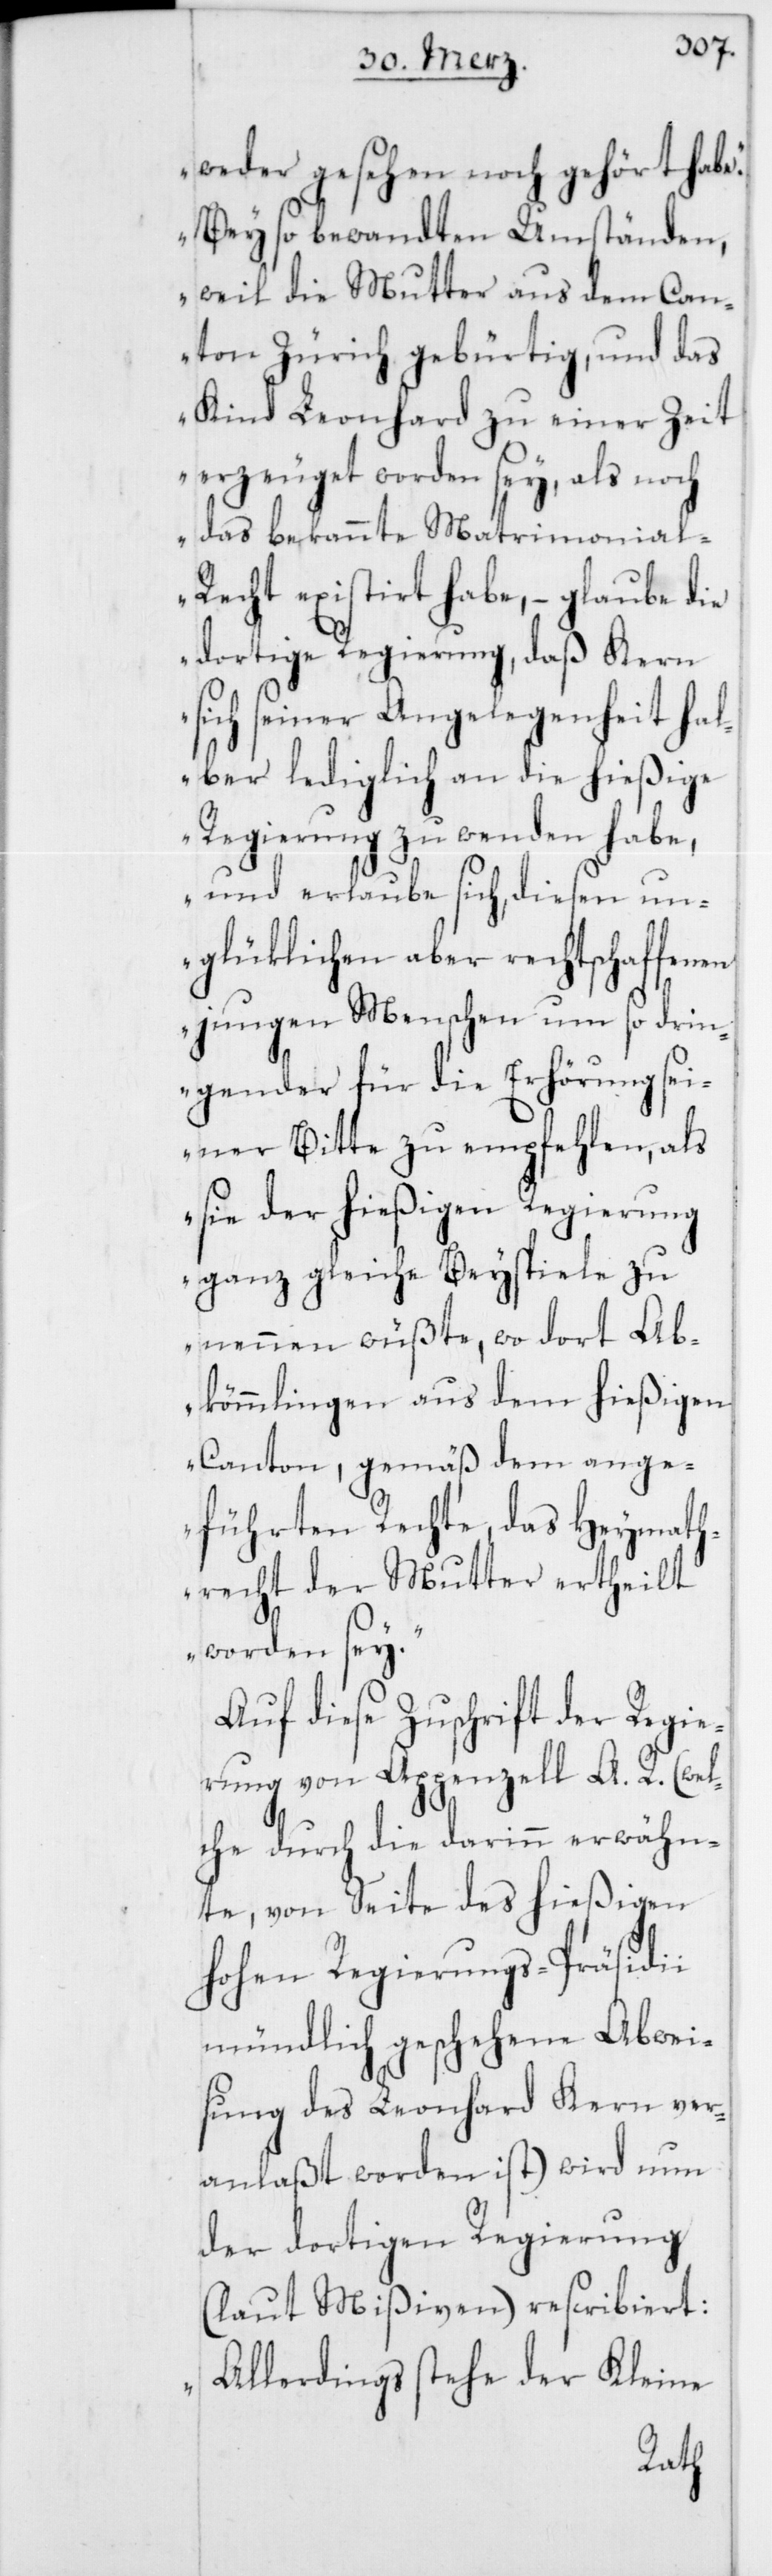
weder gesehen noch gehört
Bey so bewandten Umständen,
weil die Mutter aus dem Can¬
ton Zürich gebürtig, und das
Kind Leonhard zu einer Zeit
erzeuget worden sey, als noch
das bekannte Matrimonial-R¬
echt existirt habe, – glaube die
dortige Regierung, daß Kern
sich seiner Angelegenheit ha¬
lber lediglich an die hießige
Regierung zu wenden habe,
und erlaube sich, diesen un¬
glüklichen aber rechtschaffenen
jungen Menschen um so drin¬
gender für die Erhörung sei¬
ner Bitte zu empfehlen, als
sie der hießigen Regierung
ganz gleiche Beyspiele zu
nennen wüßte, wo dort Ab¬
kömmlingen aus dem hießigen
Canton, gemäß dem ange¬
führten Rechte, das Heymath¬
recht der Mutter ertheilt
worden sey.“
Auf diese Zuschrift der Regie¬
rung von Appenzell A. R. (wel¬
che durch die darinn erwähn¬
te, von Seite des hießigen
hohen Regierungs-Präsidii
mündlich geschehene Abwei¬
sung des Leonhard Kern ver¬
anlaßt worden ist) wird nun
der dortigen Regierung
(laut Mißiven) rescribiert:
„Allerdings stehe der Kleine